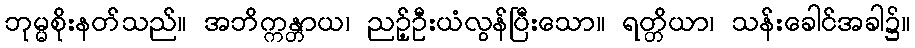
ဘုမ္မစိုးနတ်သည်။ အဘိက္ကန္တာယ၊ ညဉ့်ဦးယံလွန်ပြီးသော။ ရတ္တိယာ၊ သန်းခေါင်အခါ၌။